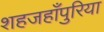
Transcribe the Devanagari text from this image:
शहजहाँपुरिया